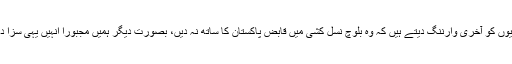
اُس کے ساتھیوں کو آخری وارننگ دیتے ہیں کہ وہ بلوچ نسل کشی میں قابض پاکستان کا ساتھ نہ دیں، بصورت دیگر ہمیں مجبوراََ انہیں یہی سزا دینی پڑی گی۔